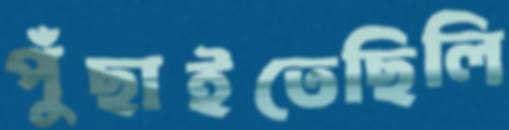
পুঁছাইতেছিলি